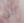
التي